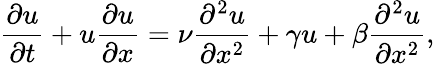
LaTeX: \frac{\partial u}{\partial t}+u\frac{\partial u}{\partial x}=\nu\frac{\partial^{2}u}{\partial x^{2}}+\gamma u+\beta\frac{\partial^{2}u}{\partial x^{2}},